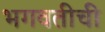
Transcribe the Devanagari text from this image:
भगवतीची